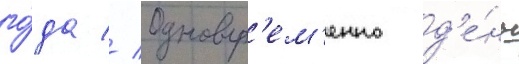
го́да // Одновр'ем'енно д'е́нь